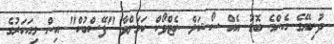
ދުނިޔޭގެ އެންމެ ބޮޑު އެއް ސޯޝަލް ނެޓްވޯކް ކަމަށްވާ "ފޭސްބުކް" އިން މިއަހަރުގެ